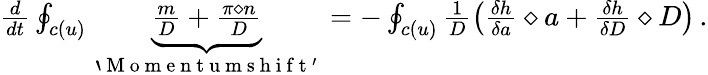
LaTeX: \begin{array}{r}{\frac{d}{dt}\oint_{c(u)}\underbrace{\frac{m}{D}+\frac{\pi\diamond n}{D}}_{\mathrm{~`~M~o~m~e~n~t~u~m~s~h~i~f~t~'~}}=-\oint_{c(u)}\frac{1}{D}\left(\frac{\delta h}{\delta a}\diamond a+\frac{\delta h}{\delta D}\diamond D\right)\, .}\end{array}